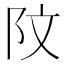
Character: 𫔻